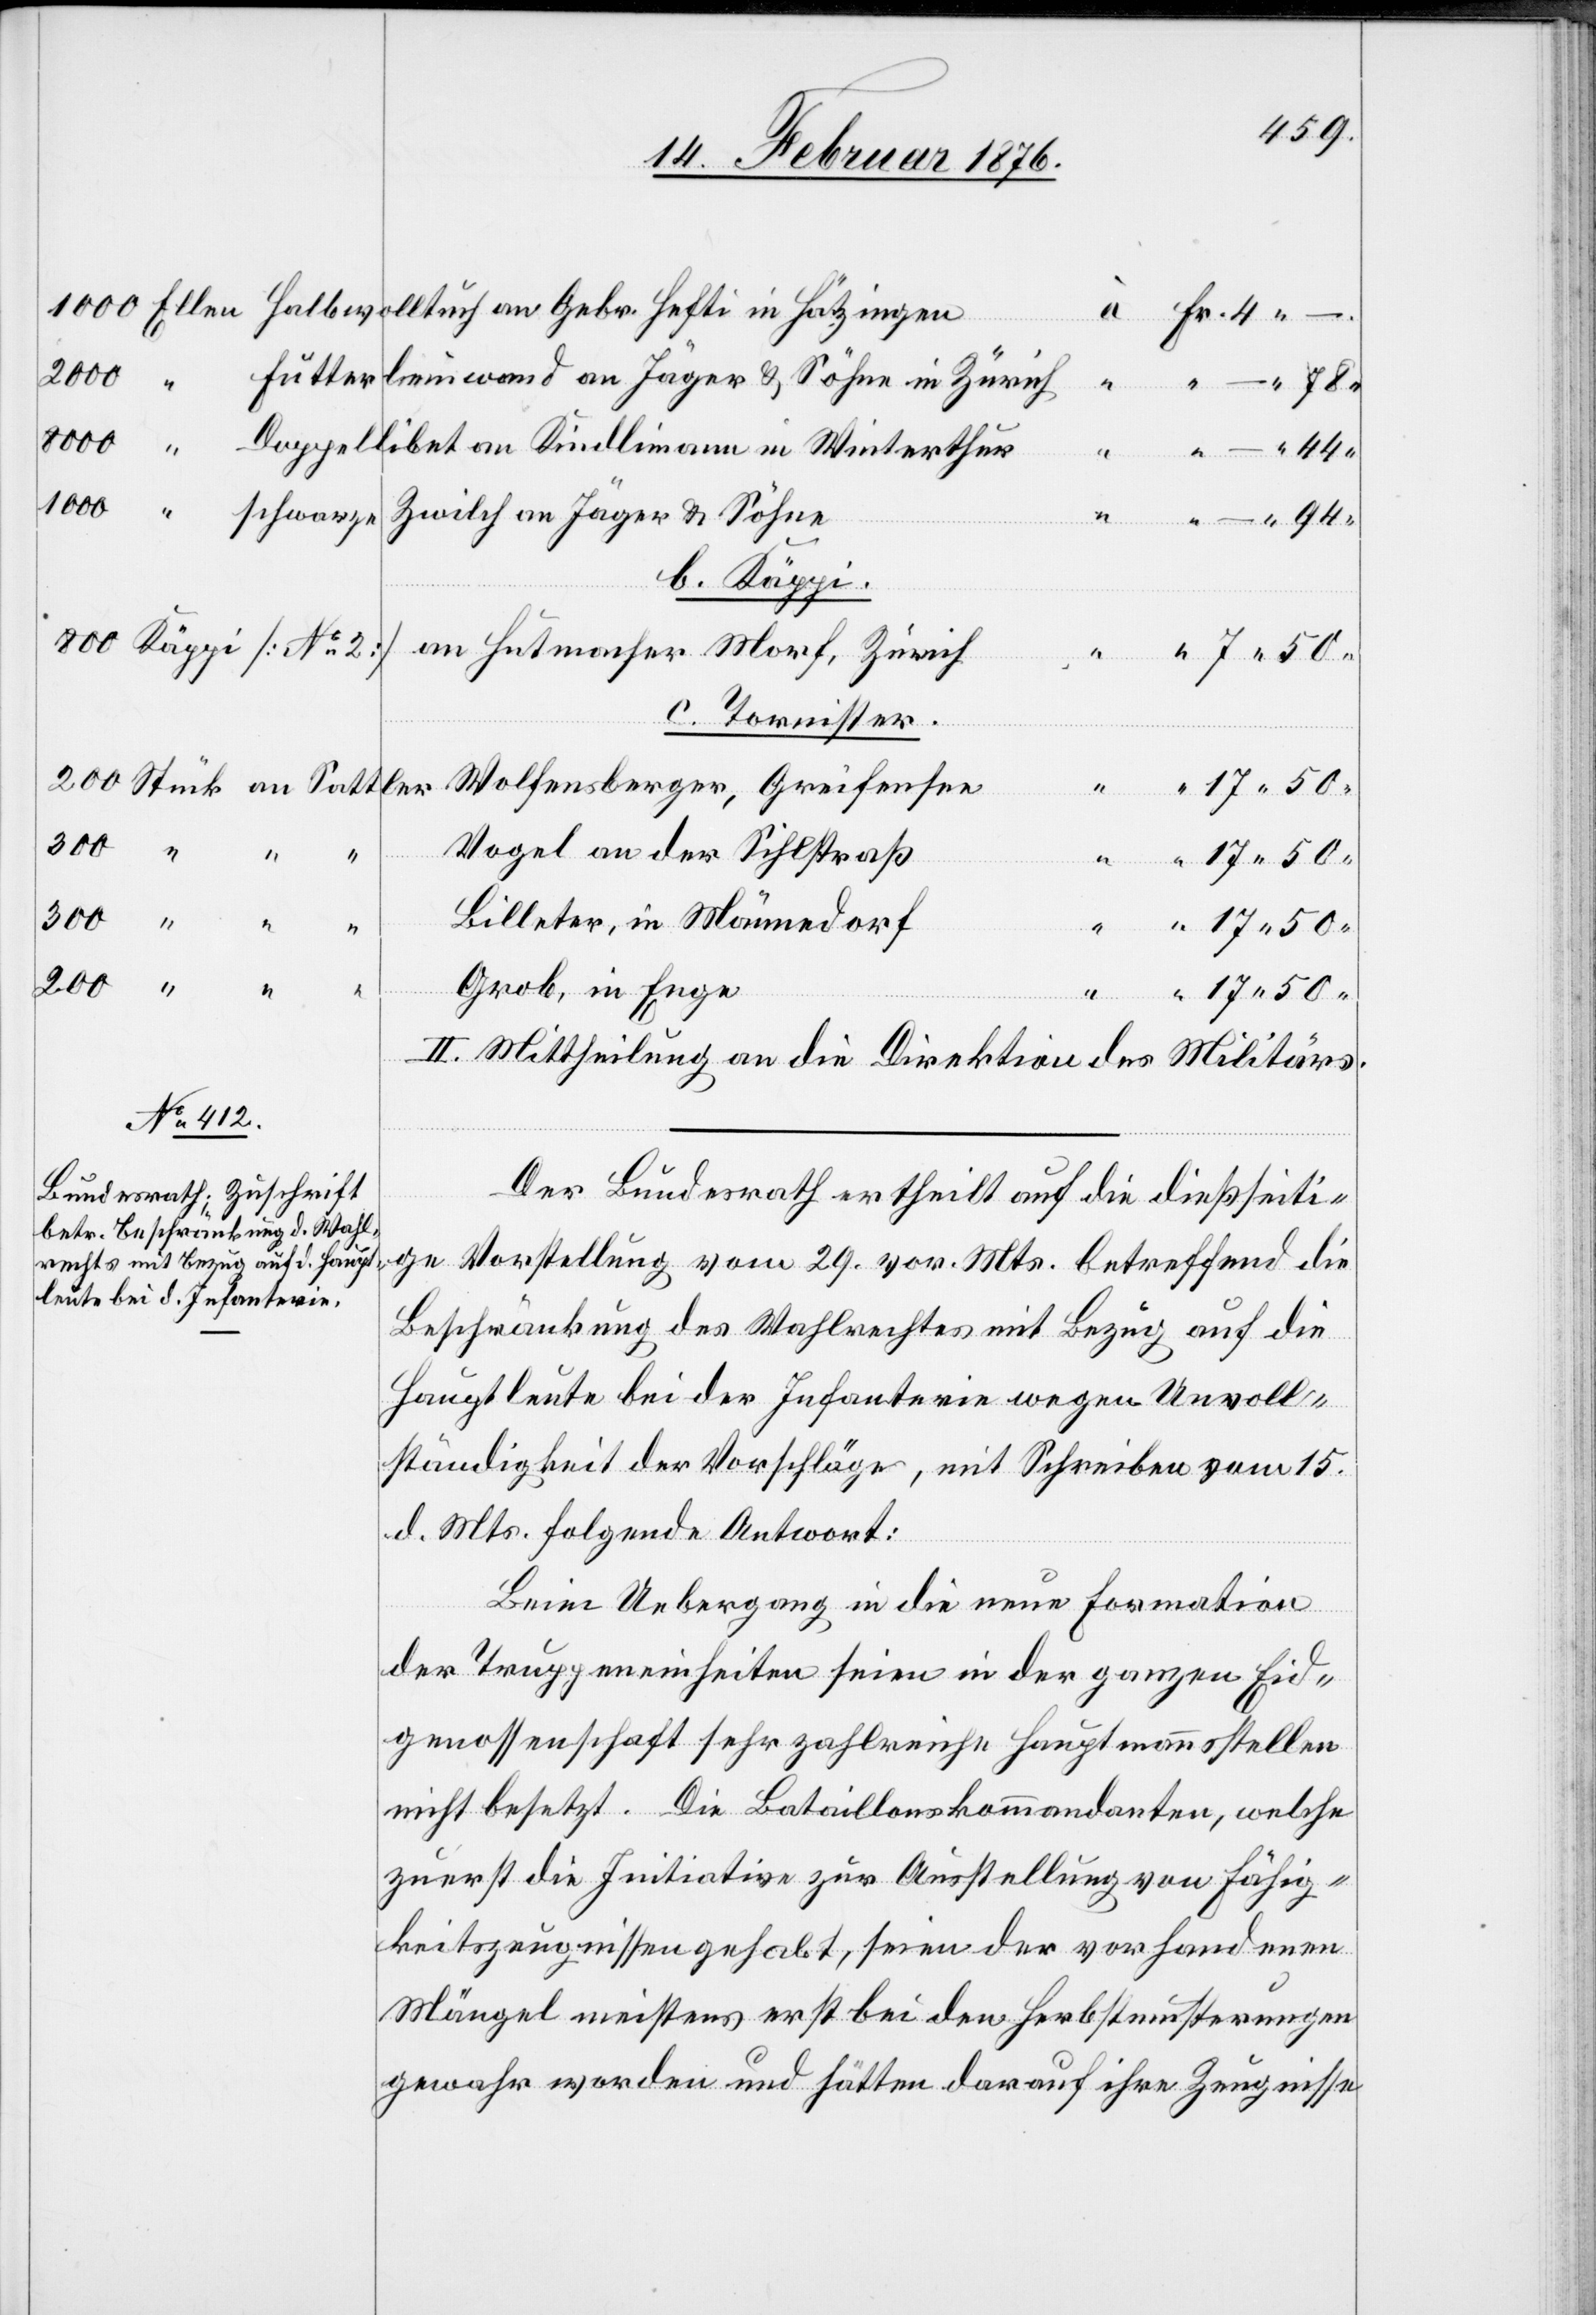
17. Februar 1876.]
2000
Sattler
8000
1000
schwarzer
an
Hutmacher Morf, Zürich
dlimann
c. Tornister
Wolfensberger, Greifensee
Vogel von der Sihlstraß
4
Billeter, in Männedorf
Grob, in Enge
II. Mittheilung an die Direktion des Militärs.
Der Bundesrath ertheilt auf die dießseiti¬
ge Vorstellung vom 29. vor. Mts. betreffend die
Beschränkung des Wahlamtes mit Bezug auf die
Hauptleute bei der Infanterie wegen Unvoll¬
ständigkeit der Vorschläger, mit Schreiben vom 15.
d. Mts. folgende Antwort:
Beim Uebergang in die eine Formation
der Truppeneinheiten seien in der ganzen Eid¬
genossenschaft sehr zahlreiche Hauptmannstellen
nicht besetzt. Die Bataillonskommandanten, welche
zuerst die Initiation zur Ausstellung von Fähig¬
keitszeugnissen gehabt, seien der vorhandenen
Mängel meistens erst bei den Herbstmusterungen
gewahr worden und hätten darauf ihre Zeugnissen